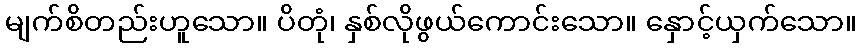
မျက်စိတည်းဟူသော။ ပိတုံ၊ နှစ်လိုဖွယ်ကောင်းသော။ နှောင့်ယှက်သော။